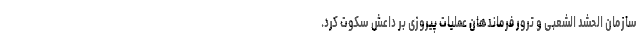
سازمان الحشد الشعبی و ترور فرماندهان عملیات پیروزی بر داعش سکوت کرد.